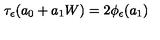
\tau _ { \epsilon } ( a _ { 0 } + a _ { 1 } W ) = 2 \phi _ { \epsilon } ( a _ { 1 } )